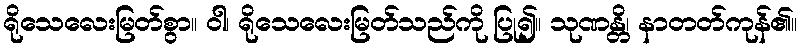
ရိုသေလေးမြတ်စွာ။ ဝါ၊ ရိုသေလေးမြတ်သည်ကို ပြု၍။ သုဏန္တိ၊ နာတတ်ကုန်၏။